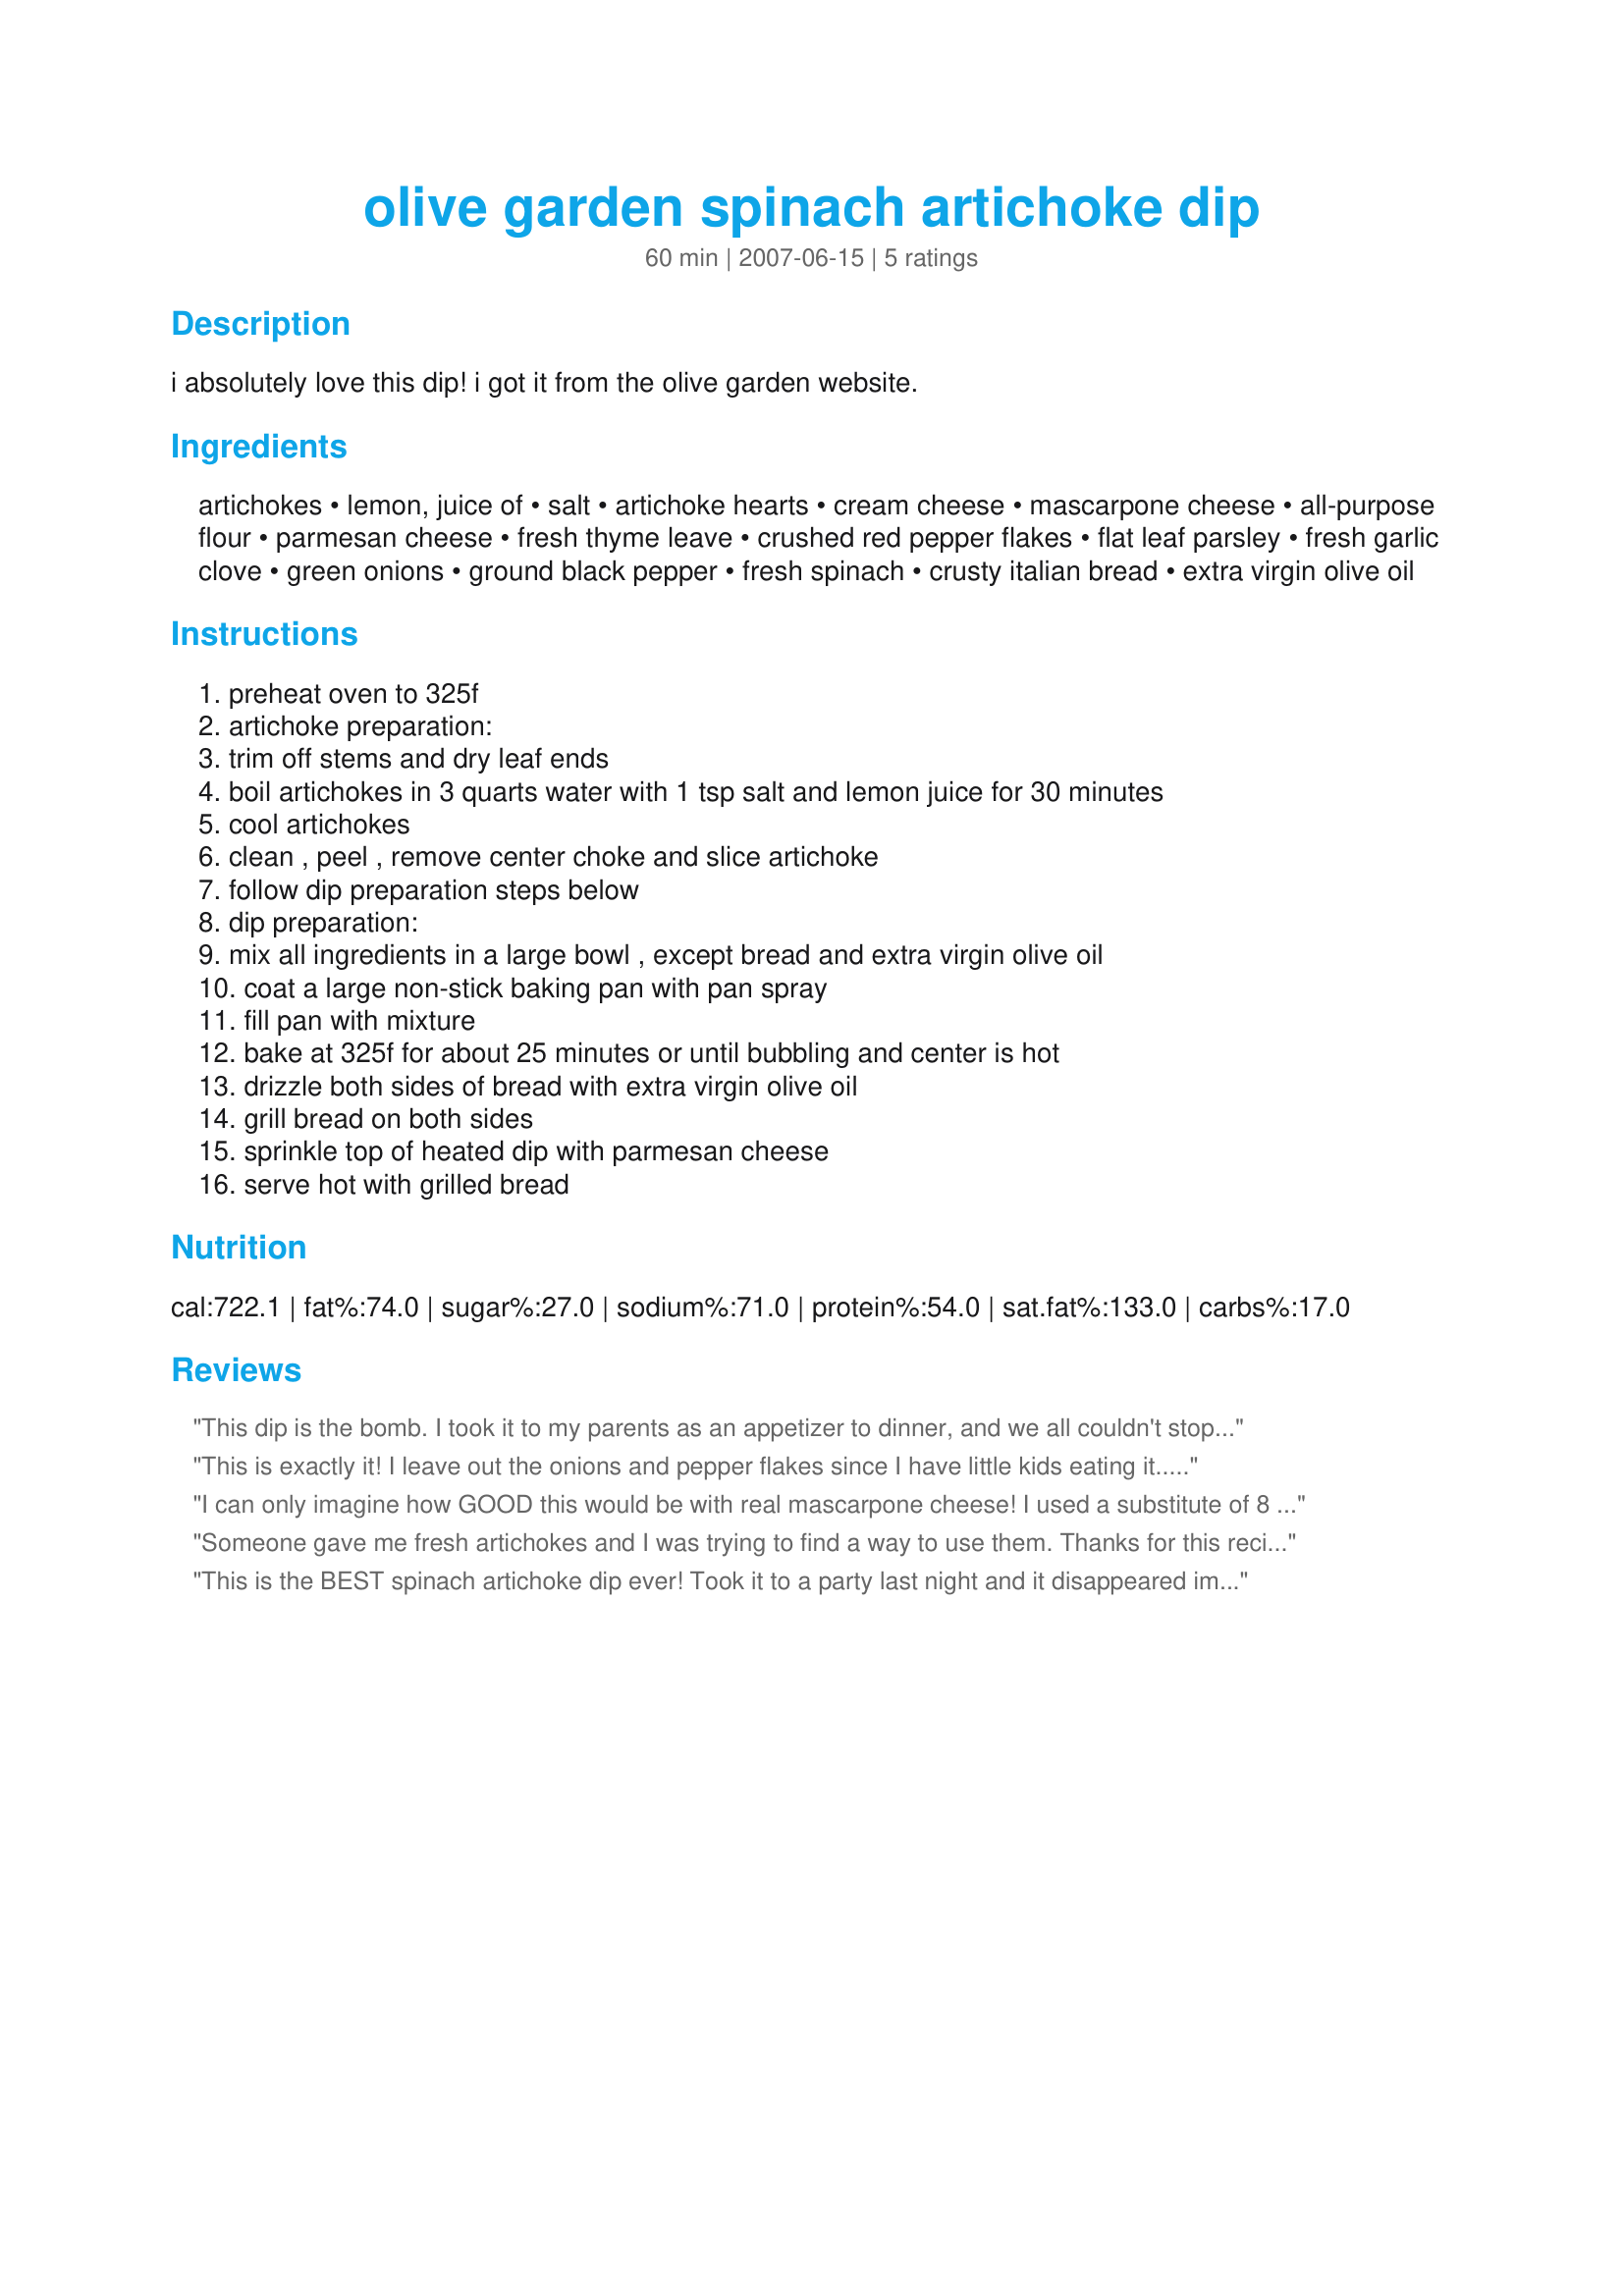
olive garden spinach artichoke dip
Preparation time: 60 minutes

i absolutely love this dip! i got it from the olive garden website.

Ingredients:
artichokes, lemon, juice of, salt, artichoke hearts, cream cheese, mascarpone cheese, all-purpose flour, parmesan cheese, fresh thyme leave, crushed red pepper flakes, flat leaf parsley, fresh garlic clove, green onions, ground black pepper, fresh spinach, crusty italian bread, extra virgin olive oil

Steps:
preheat oven to 325f, artichoke preparation:, trim off stems and dry leaf ends, boil artichokes in 3 quarts water with 1 tsp salt and lemon juice for 30 minutes, cool artichokes, clean , peel , remove center choke and slice artichoke, follow dip preparation steps below, dip preparation:, mix all ingredients in a large bowl , except bread and extra virgin olive oil, coat a large non-stick baking pan with pan spray, fill pan with mixture, bake at 325f for about 25 minutes or until bubbling and center is hot, drizzle both sides of bread with extra virgin olive oil, grill bread on both sides, sprinkle top of heated dip with parmesan cheese, serve hot with grilled bread

Reviews:
This dip is the bomb. I took it to my parents as an appetizer to dinner, and we all couldn't stop eating it! I just used a can of artichoke hearts and chopped them up. I did make sure to drain and dry them really well to so the dip didn't turn out runny.
This is exactly it! I leave out the onions and pepper flakes since I have little kids eating it...but its awesome!
I can only imagine how GOOD this would be with real mascarpone cheese! I used a substitute of 8 ounces cream cheese, 1 T butter, 1/4 C sour cream and 2 T evaporated milk ~ made the dip with 2 garlic cloves and an 8 ounce container of Romano cheese. The red pepper flakes gives the dip a nice little kick! Instead of using french bread, I brushed tortillas with olive oil and crisped them on the griddle ~ Made for my 2009 Fall PAC baby ~ :)
Someone gave me fresh artichokes and I was trying to find a way to use them. Thanks for this recipe! I added 3 strips of chopped bacon and left out the onions. I also just used dried spices because I couldn't find fresh at the store. Olive Garden's dip is my husband's favorite of all the restaurants we go to, and he said this one may be even better, and at LEAST it's just as good.

Since this was my first time cooking artichokes, I had to look for better directions. Other sites say to trim off the dry ends of the leaves and the stem, and boil for 30-45 minutes. I boiled for 30 since they were also getting baked. I didn't want them too mushy.
This is the BEST spinach artichoke dip ever! Took it to a party last night and it disappeared immediately. I made it as written except for dried herbs and garlic instead of fresh and canned artichokes. This blows all other spinach artichoke dips away!!! Make it, you won't be disappointed!!
